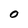
Character: O